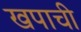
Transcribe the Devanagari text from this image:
खपाची